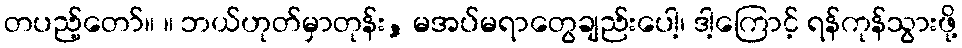
တပည့်တော်။ ။ ဘယ်ဟုတ်မှာတုန်း, မအပ်မရာတွေချည်းပေါ့၊ ဒါ့ကြောင့် ရန်ကုန်သွားဖို့